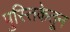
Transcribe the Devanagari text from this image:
पुस्तिकेतून